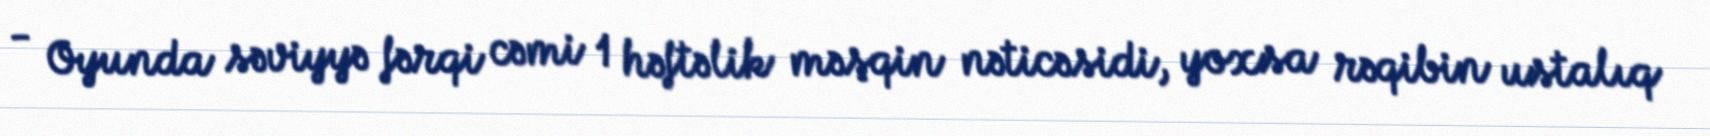
- Oyunda səviyyə fərqi cəmi 1 həftəlik məşqin nəticəsidi, yoxsa rəqibin ustalıq